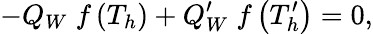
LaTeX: -Q_{W}\; f\left(T_{h}\right)+Q_{W}^{\prime}\; f\left(T_{h}^{\prime}\right)=0,